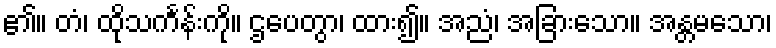
၏။ တံ၊ ထိုသင်္ကန်းကို။ ဌပေတွာ၊ ထား၍။ အညံ၊ အခြားသော။ အန္တမသော၊